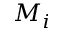
M _ { i }